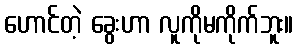
ဟောင်တဲ့ ခွေးဟာ လူကိုမကိုက်ဘူး။